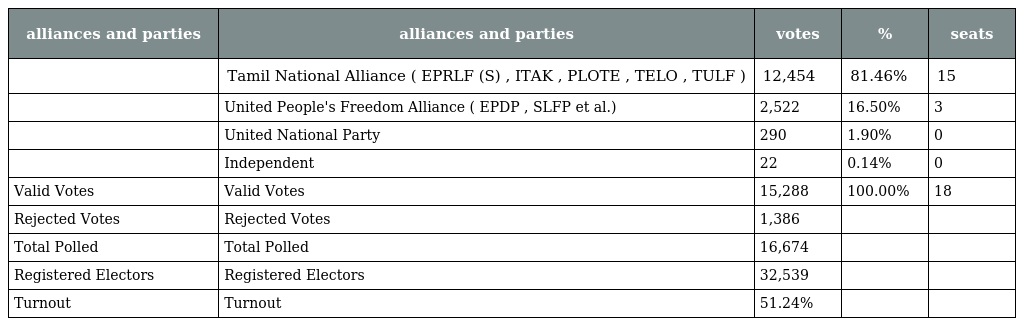
| alliances and parties | alliances and parties | votes | % | seats |
 | --- | --- | --- | --- | --- |
 |  | Tamil National Alliance ( EPRLF (S) , ITAK , PLOTE , TELO , TULF ) | 12,454 | 81.46% | 15 |
 |  | United People's Freedom Alliance ( EPDP , SLFP et al.) | 2,522 | 16.50% | 3 |
 |  | United National Party | 290 | 1.90% | 0 |
 |  | Independent | 22 | 0.14% | 0 |
 | Valid Votes | Valid Votes | 15,288 | 100.00% | 18 |
 | Rejected Votes | Rejected Votes | 1,386 |  |  |
 | Total Polled | Total Polled | 16,674 |  |  |
 | Registered Electors | Registered Electors | 32,539 |  |  |
 | Turnout | Turnout | 51.24% |  |  |